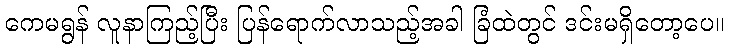
ကေမရွန် လူနာကြည့်ပြီး ပြန်ရောက်လာသည့်အခါ ခြံထဲတွင် ဒင်းမရှိတော့ပေ။